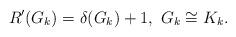
LaTeX: \begin{align*} \ R'(G_k)=\delta(G_k)+1,\ G_k\cong K_k.\end{align*}